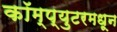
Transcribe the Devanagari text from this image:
कॉम्प्युटरमधून